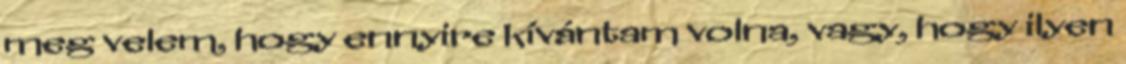
meg velem, hogy ennyire kívántam volna, vagy, hogy ilyen